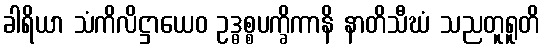
ခါရိယာ သံကိလိဋ္ဌာယေဝ ဥဒ္ဓစ္စပက္ခိကာနိ နာတိသီဃံ သညတူရူတိ